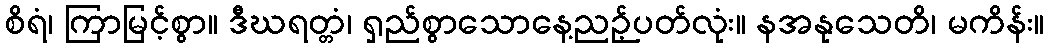
စိရံ၊ ကြာမြင့်စွာ။ ဒီဃရတ္တံ၊ ရှည်စွာသောနေ့ညဉ့်ပတ်လုံး။ နအနုသေတိ၊ မကိန်း။